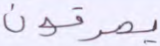
يصدقون